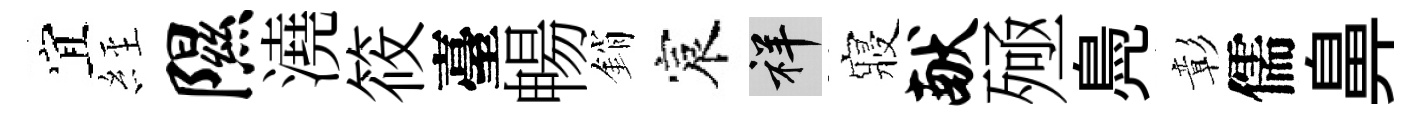
宜𦀇隰澆筱臺暢銷宸祥寢献殛鳧彰儒鼻